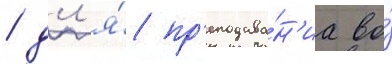
/ дл'я́ пр'еподава́н'иа во́